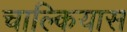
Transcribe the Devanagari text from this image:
चाल्कियास